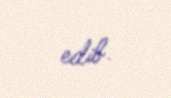
edib.